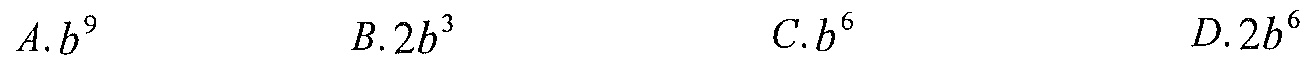
$A. b^{9}\qquad B. 2b^{3}\qquad C. b^{6}\qquad D. 2b^{6}$